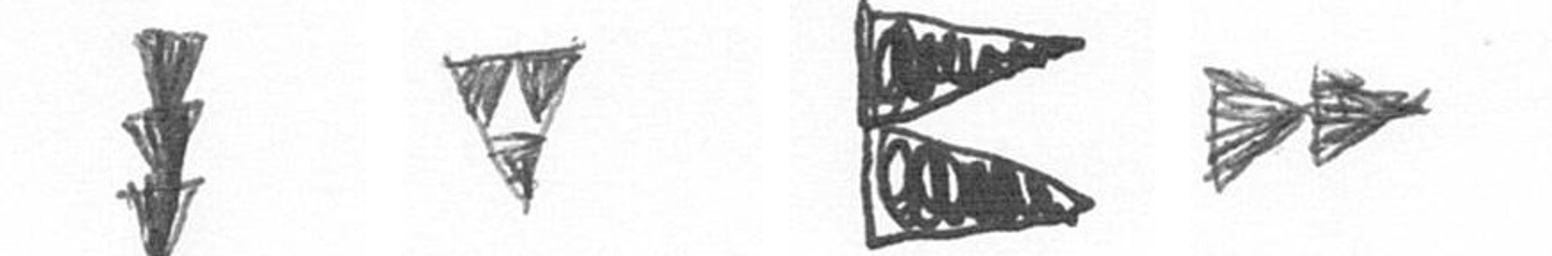
E S P A